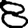
Digit: 8